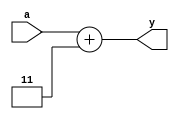
module bin_excess3(a,y);
  input [3:0]a;
    output reg [4:0]y;
      always@(a) begin
            y=a+3;
      end
endmodule